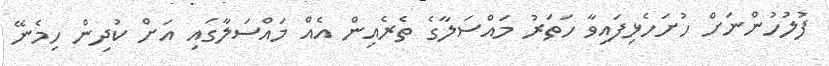
ފުލުހުންނަށް ހުށަހެޅިފައިވާ ހަތަރު މައްސަލާގެ ތެރެއިން އެއް މައްސަލާގައި އަށް ކުދިން ހިމެނޭ